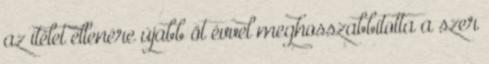
az ítélet ellenére újabb öt évvel meghosszabbította a szer